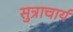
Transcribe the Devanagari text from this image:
सुत्राचार्य